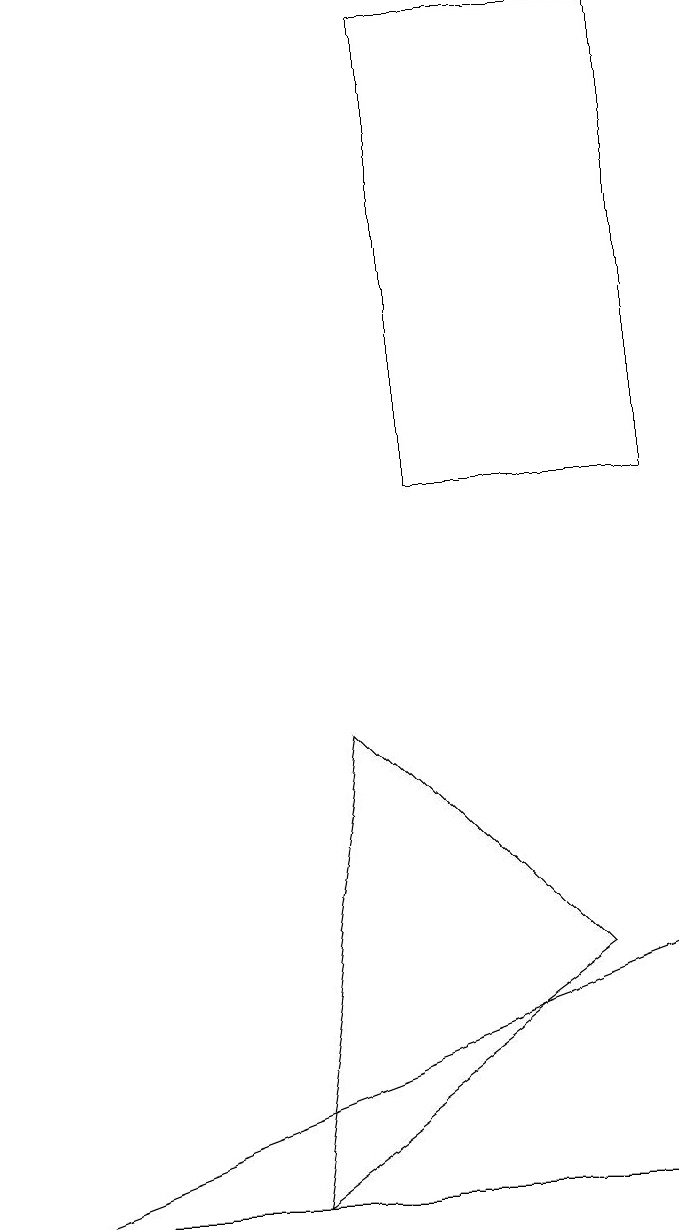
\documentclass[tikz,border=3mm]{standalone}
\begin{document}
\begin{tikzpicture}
\draw (1,3) -- (9,6) -- (9,3) -- cycle;
\draw (9,18) rectangle (6,12);
\draw (8,6) -- (4,3) -- (5,9) -- cycle;
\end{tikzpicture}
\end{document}